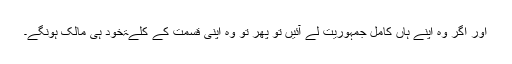
اور اگر وہ اپنے ہاں کامل جمہوریت لے آئیں تو پھر تو وہ اپنی قسمت کے کلےۃًخود ہی مالک ہونگے۔